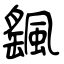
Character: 颻